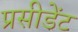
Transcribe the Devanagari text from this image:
प्रसीडेंट